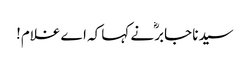
سیدنا جابرؓ نے کہا کہ اے غلام!